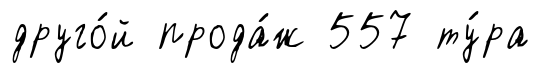
друго́й прода́ж 557 ту́ра